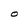
Character: O